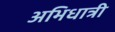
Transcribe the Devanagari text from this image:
अभिधात्री